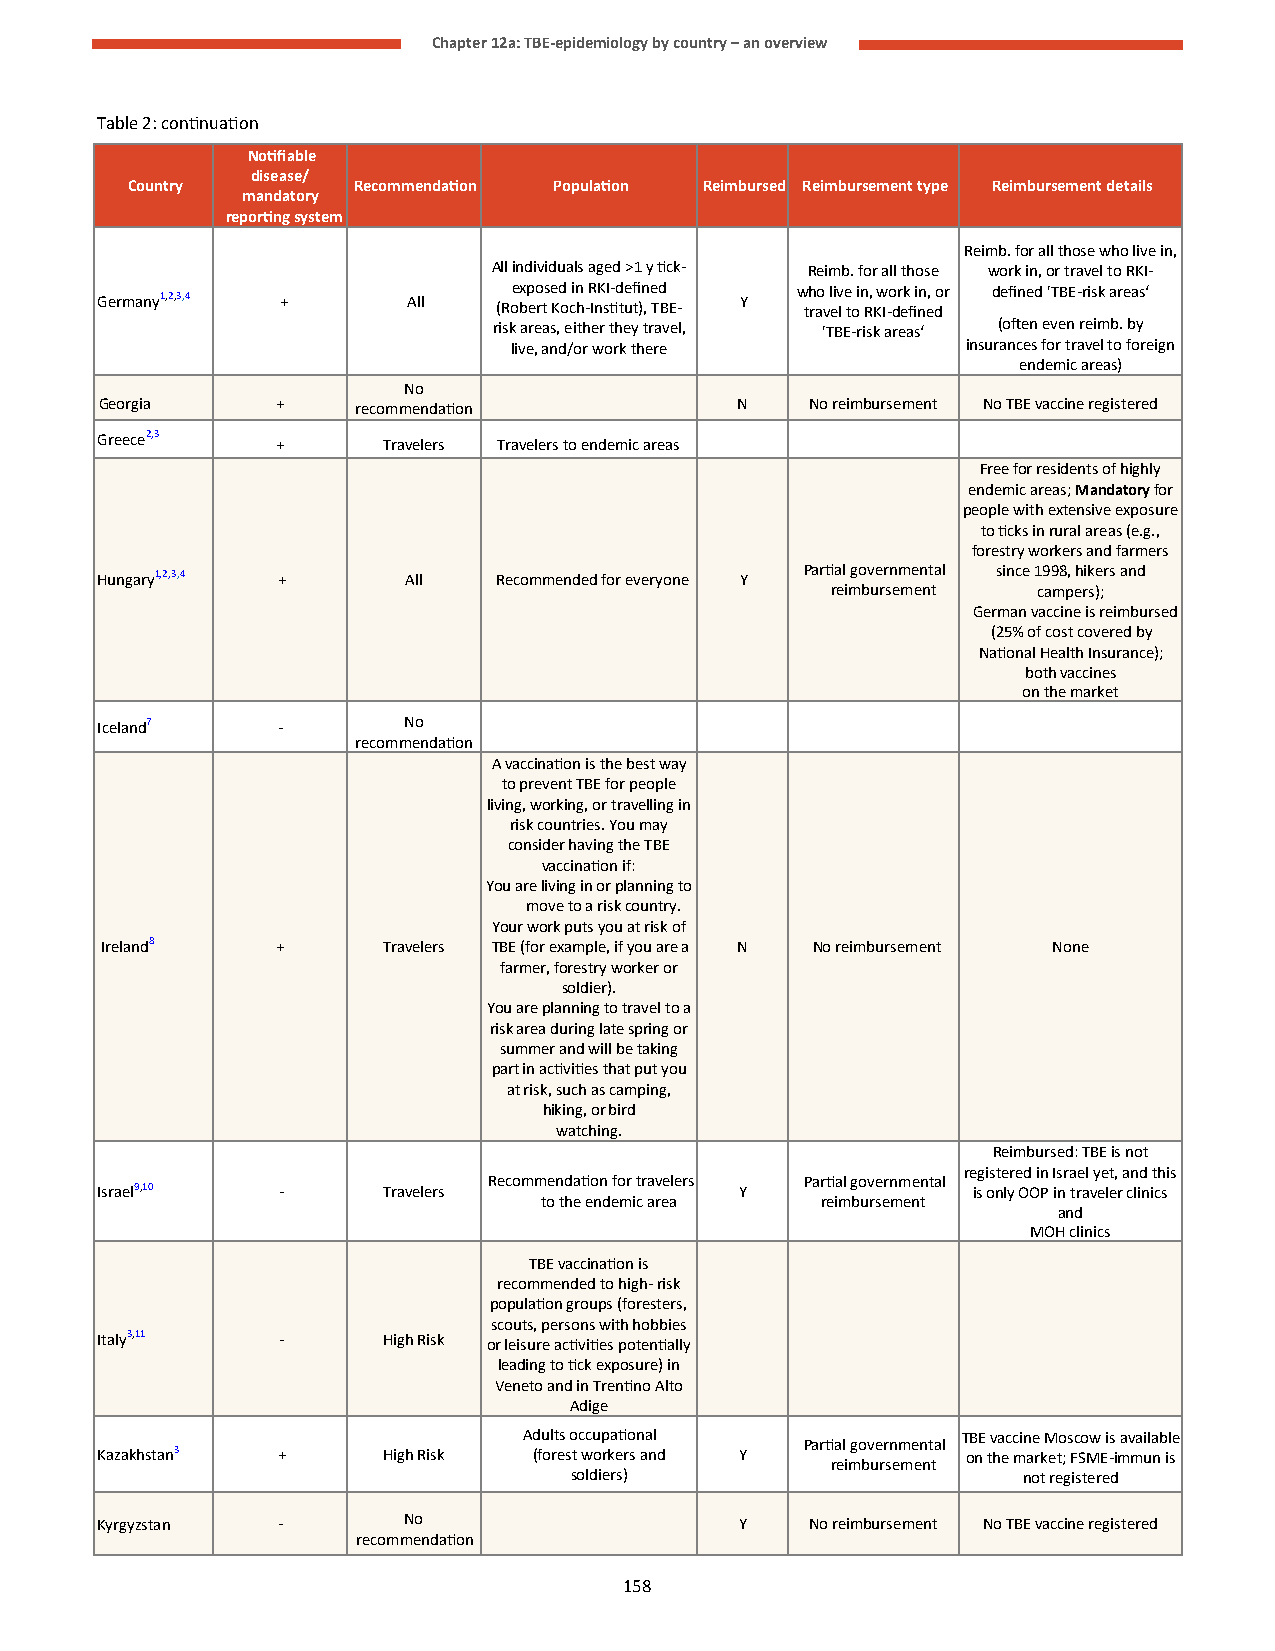
Chapter 12a: TBE-epidemiology by country – an overview
 Table 2: continuation
 Notifiable
 disease/
 Country        Recommendation Population Reimbursed Reimbursement type Reimbursement details
 mandatory
 reporting system
 Reimb. for all those who live in,
 All individuals aged >1 y tick- Reimb. for all those work in, or travel to RKI-
 exposed in RKI-defined who live in, work in, or defined 'TBE-risk areas‘
 Germany1,2,3,4 +     All   (Robert Koch-Institut)‚ TBE- Y travel to RKI-defined
 risk areas, either they travel, 'TBE-risk areas‘ (often even reimb. by
 live, and/or work there       insurances for travel to foreign
 endemic areas)
 No
 Georgia    +     recommendation           N    No reimbursement No TBE vaccine registered
 Greece2,3
 +      Travelers Travelers to endemic areas
 Free for residents of highly
 endemic areas; Mandatory for
 people with extensive exposure
 to ticks in rural areas (e.g.,
 forestry workers and farmers
 Hungary1,2,3,4 +     All   Recommended for everyone Y Partial governmental since 1998, hikers and
 reimbursement campers);
 German vaccine is reimbursed
 (25% of cost covered by
 National Health Insurance);
 both vaccines
 on the market
 Iceland7    -        No
 recommendation
 A vaccination is the best way
 to prevent TBE for people
 living, working, or travelling in
 risk countries. You may
 consider having the TBE
 vaccination if:
 You are living in or planning to
 move to a risk country.
 Your work puts you at risk of
 Ireland8   +      Travelers TBE (for example, if you are a N No reimbursement None
 farmer, forestry worker or
 soldier).
 You are planning to travel to a
 risk area during late spring or
 summer and will be taking
 part in activities that put you
 at risk, such as camping,
 hiking, or bird
 watching.
 Reimbursed: TBE is not
 registered in Israel yet, and this
 Recommendation for travelers Partial governmental
 Israel9,10  -      Travelers               Y              is only OOP in traveler clinics
 to the endemic area reimbursement
 and
 MOH clinics
 TBE vaccination is
 recommended to high- risk
 population groups (foresters,
 scouts, persons with hobbies
 Italy3,11   -      High Risk or leisure activities potentially
 leading to tick exposure) in
 Veneto and in Trentino Alto
 Adige
 Adults occupational          TBE vaccine Moscow is available
 Partial governmental
 Kazakhstan3 +      High Risk (forest workers and Y        on the market; FSME-immun is
 reimbursement
 soldiers)                     not registered
 Kyrgyzstan  -        No                    Y    No reimbursement No TBE vaccine registered
 recommendation
 158